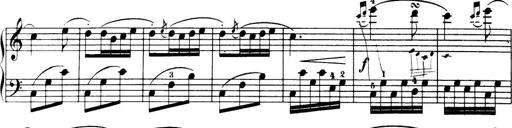
Title: 32 Sonatinas and Rondos for the Piano
Composer: Richard Kleinmichel